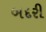
બદરી